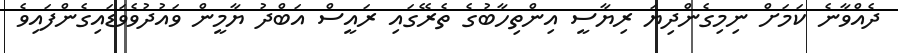
ދެއްވާނެ ކަމަށް ނިމިގެންދިޔަ ރިޔާސީ އިންތިހާބުގެ ތެރޭގައި ރައީސް އަބްދު ޔާމީން ވައުދުވެވަޑައިގެންފައިވެ